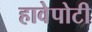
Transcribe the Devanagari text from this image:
हावेपोटी